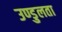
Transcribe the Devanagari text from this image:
उण्डुलता